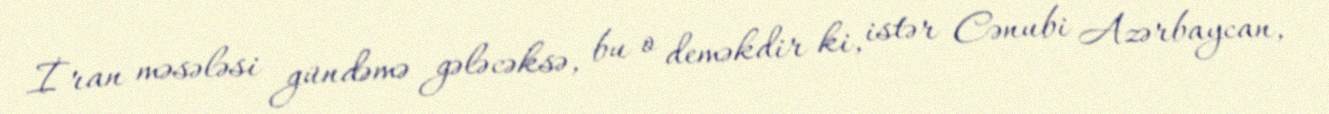
İran məsələsi gündəmə gələcəksə, bu o deməkdir ki, istər Cənubi Azərbaycan,